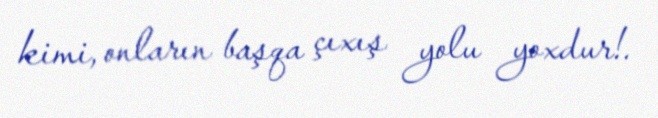
kimi, onların başqa çıxış yolu yoxdur!.